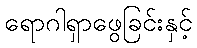
ရောဂါရှာဖွေခြင်းနှင့်